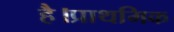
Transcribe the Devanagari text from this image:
है।प्राथमिक